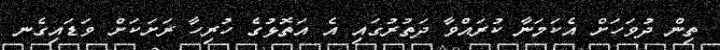
ތިން ދުވަހަށް އެކަމަނާ ކުރައްވާ ދަތުރުގައި އެ އަތޮޅުގެ ހުރިހާ ރަށަކަށް ވަޑައިގެނ